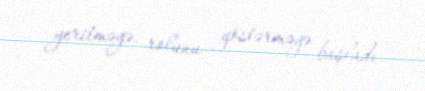
yeritməyə, rolunu göstərməyə başladı.